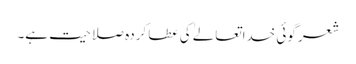
شعر گوئی خداتعالےٰ کی عطا کردہ صلاحیت ہے۔